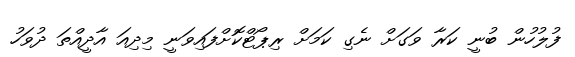
ފުލުހުން ބުނީ ކަރާ ވަގަށް ނެގި ކަމަށް ރިޕޯޓްކޮށްފައިވަނީ މިދިއަ އާދީއްތަ ދުވަހު